Lunatic asylums in Bengal annual reports 1912-1924 - 1912-1924
Year: 1912
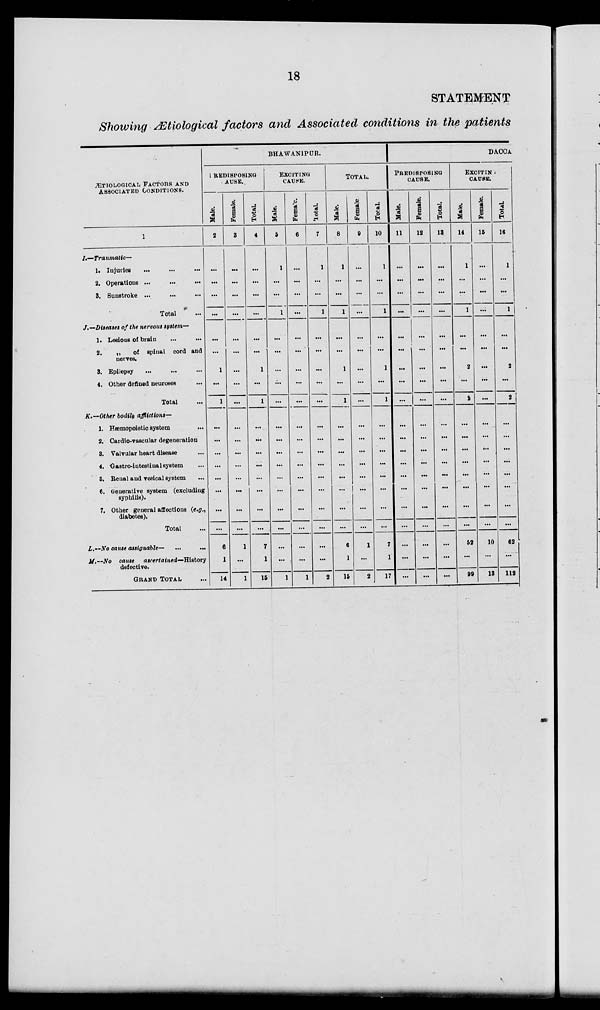
18
STATEMENT
Showing Ætiological factors and Associated conditions in the patients
ÆTIOLOGICAL FACTORS AND
ASSOCIATED CONDITIONS.
1
I—Traumatic-
1. Injuries ... ... ...
2. Operations ... ... ...
3. Sunstroke ... ... ...
Total ...
J.—Diseases of the nervous system—
1. Lesions of brain ... ...
2.
„
of spinal cord and
nerves.
3. Epilepsy ... ... ...
4. Other defined neuroses ...
Total ...
K.—Other bodily afflictions—
1. Hæmopoietic system ...
2. Cardio-vascular degeneration ...
3. Valvular heart disease ...
4. Gastro-intestinal system ...
5. Renal and vesical system ...
6. Generative system (excludiug
syphilis).
7. Other general affections (e.g.,
diabetes).
Total ...
L.—No cause assignable— ... ...
M.—No cause
ascertained—History
defective.
GRAND TOTAL ...
BHAWANIPUR.
PREDISPOSING
CAUSE.
Male.
2
...
...
...
...
...
...
1
...
1
...
...
...
...
...
...
...
...
6
1
14
Female.
3
...
...
...
...
...
...
...
...
...
...
...
...
...
...
...
...
...
1
...
1
Total.
4
...
...
...
...
...
...
1
...
1
...
...
...
...
...
...
...
...
7
1
15
EXCITING
CAUSE.
Male.
5
1
...
...
1
...
...
...
...
...
...
...
...
...
...
...
...
...
...
...
1
Female.
6
...
...
...
...
...
...
...
...
...
...
...
...
...
...
...
...
...
...
...
1
Total.
7
1
...
...
1
...
...
...
...
...
...
...
...
...
...
...
...
...
...
...
2
TOTAL.
Mate.
8
1
...
...
1
...
...
1
...
1
...
...
...
...
...
...
...
...
6
1
15
Female
9
...
...
...
...
...
...
...
...
...
...
...
...
...
...
...
...
...
1
...
2
Total.
10
1
...
...
1
...
...
1
...
1
...
...
...
...
...
...
...
...
7
1
17
DACCA
PREDISPOSING
CAUSE.
Male.
11
...
...
...
...
...
...
...
...
...
...
...
...
...
...
...
...
...
...
...
...
Female.
12
...
...
...
...
...
...
...
...
...
...
...
...
...
...
...
...
...
...
...
...
Total.
13
...
...
...
...
...
...
...
...
...
...
...
...
...
...
...
...
...
...
...
...
EXCITIN
CAUSE.
Male.
14
1
...
...
1
...
...
2
...
2
...
...
...
...
...
...
...
...
52
...
90
Female.
15
...
...
...
...
...
...
...
...
...
...
...
...
...
...
...
...
...
10
...
13
Total.
16
1
...
...
1
...
...
2
...
2
...
...
...
...
...
...
...
...
62
...
112